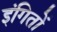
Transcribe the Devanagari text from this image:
इंगितों